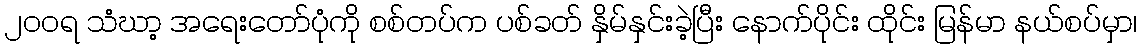
၂ဝဝရ သံဃာ့ အရေးတော်ပုံကို စစ်တပ်က ပစ်ခတ် နှိမ်နှင်းခဲ့ပြီး နောက်ပိုင်း ထိုင်း မြန်မာ နယ်စပ်မှာ၊